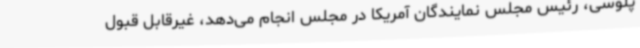
پلوسی، رئیس مجلس نمایندگان آمریکا در مجلس انجام می‌دهد، غیرقابل قبول